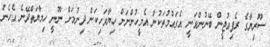
ސޫރިޔާގެ ރެފިއުޖީން ބޭނުންވަނީ އެގައުމުތަކުން އެމީހުންނަށް ހިޔާވަހިކަން ދިނުމަށް ނޫނީ ހިމާޔަތްދޭނެ އެހެން